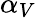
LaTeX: \alpha_{V}